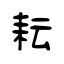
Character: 耘